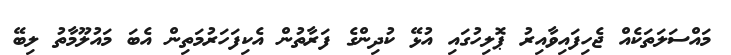
މައްސަލަތަކެއް ޖެހިފައިވާއިރު ޕޮލިހުގައި އުޅޭ ކުދިންގެ ފަރާތުން އެކިފަހަރުމަތިން އެބަ މައުލޫމާތު ލިބޭ